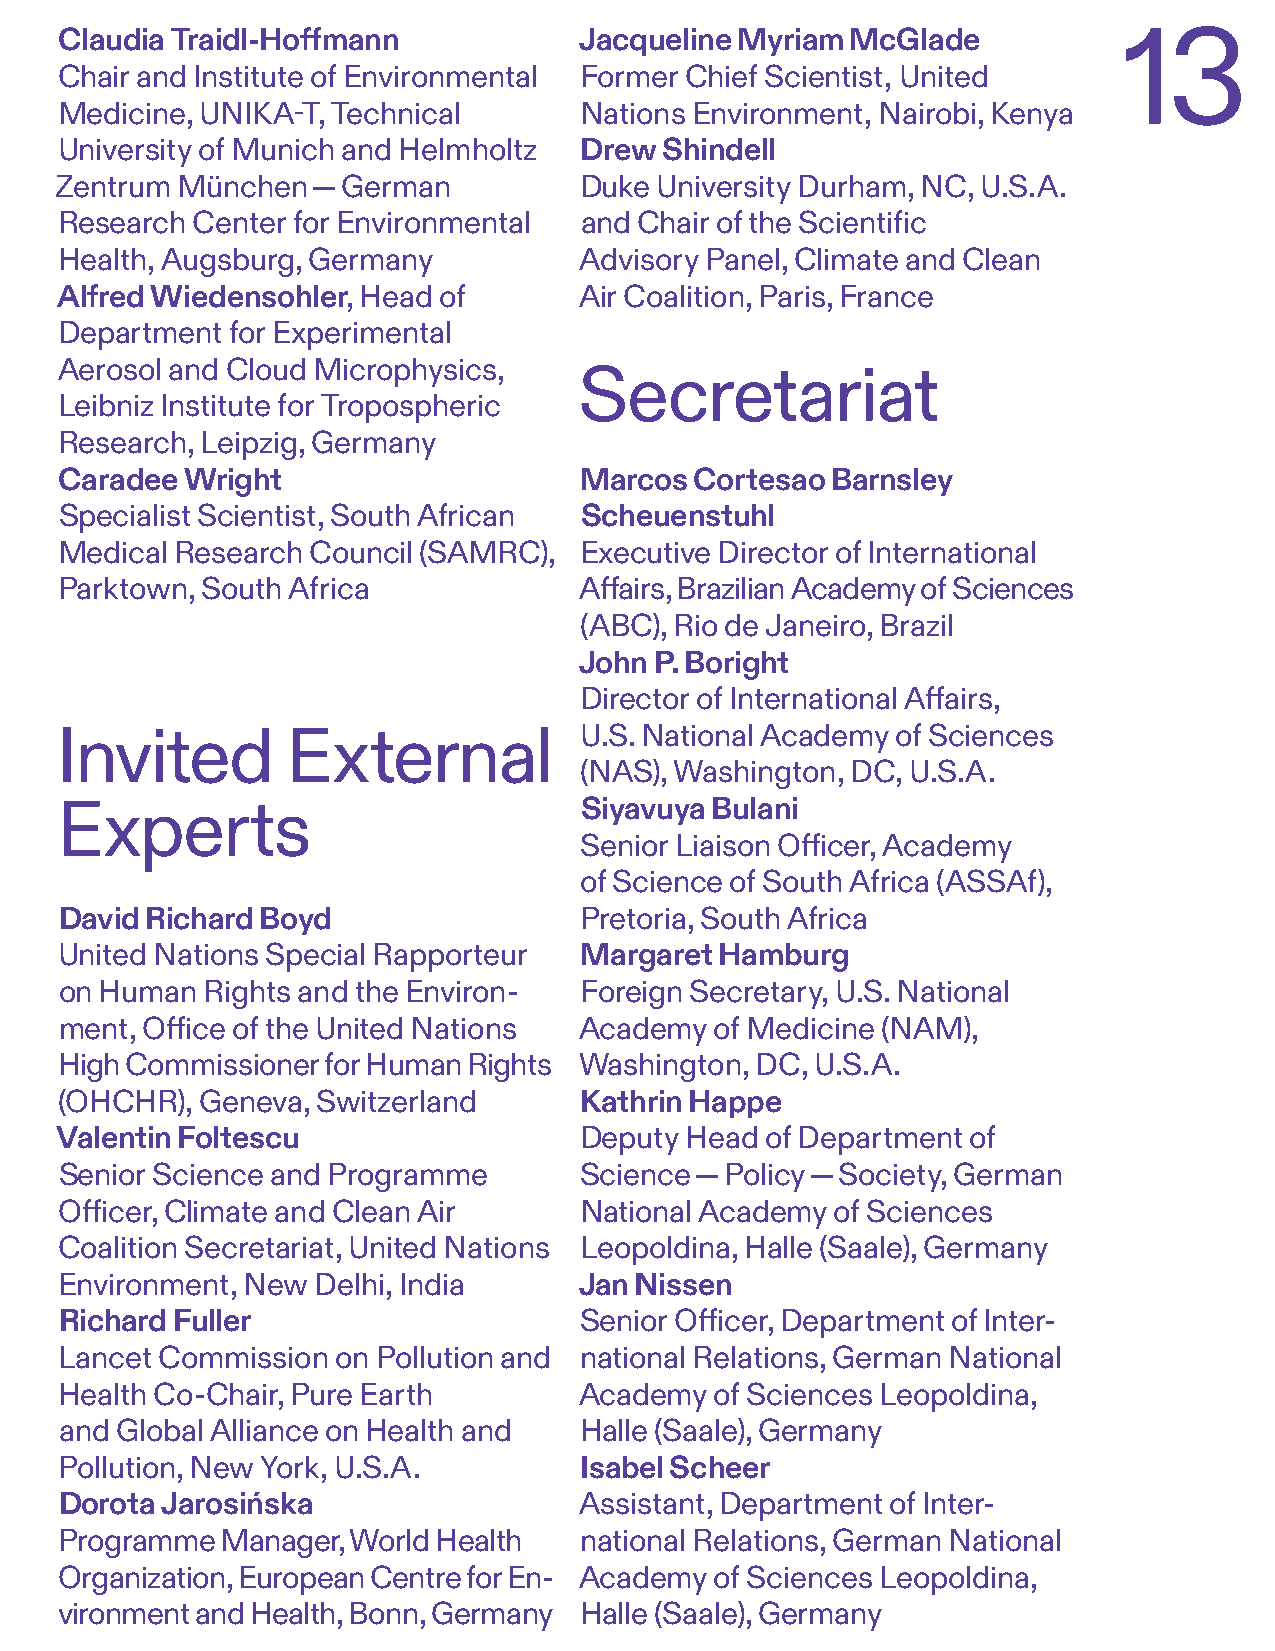
Claudia Traidl-Hoffmann           Jacqueline Myriam McGlade
 13
 Chair and Institute of Environmental Former Chief Scientist, United
 Medicine, UNIKA-T, Technical      Nations Environment, Nairobi, Kenya
 University of Munich and Helmholtz Drew Shindell
 Zentrum München  — German         Duke University Durham, NC, U.S.A.
 Research Center for Environmental and Chair of the Scientific
 Health, Augsburg, Germany         Advisory Panel, Climate and Clean
 Alfred Wiedensohler, Head of      Air Coalition, Paris, France
 Department for Experimental
 Aerosol and Cloud Microphysics,
 Secretariat
 Leibniz Institute for Tropospheric
 Research, Leipzig, Germany
 Caradee Wright                    Marcos  Cortesao Barnsley
 Specialist Scientist, South African Scheuenstuhl
 Medical Research Council (SAMRC), Executive Director of International
 Parktown, South Africa            Affairs, Brazilian Academy of Sciences
 (ABC), Rio de Janeiro, Brazil
 John P. Boright
 Director of International Affairs,
 U.S. National Academy of Sciences
 Invited        External
 (NAS), Washington, DC, U.S.A.
 Siyavuya Bulani
 Experts
 Senior Liaison Officer, Academy
 of Science of South Africa (ASSAf),
 David Richard Boyd                Pretoria, South Africa
 United Nations Special Rapporteur Margaret  Hamburg
 on Human  Rights and the Environ- Foreign Secretary, U.S. National
 ment, Office of the United Nations Academy of Medicine (NAM),
 High Commissioner for Human Rights Washington, DC, U.S.A.
 (OHCHR), Geneva, Switzerland      Kathrin Happe
 Valentin Foltescu                 Deputy Head  of Department of
 Senior Science and Programme      Science — Policy — Society, German
 Officer, Climate and Clean Air    National Academy of Sciences
 Coalition Secretariat, United Nations Leopoldina, Halle (Saale), Germany
 Environment, New Delhi, India     Jan Nissen
 Richard Fuller                    Senior Officer, Department of Inter-
 Lancet Commission on Pollution and national Relations, German National
 Health Co-Chair, Pure Earth       Academy  of Sciences Leopoldina,
 and Global Alliance on Health and Halle (Saale), Germany
 Pollution, New York, U.S.A.       Isabel Scheer
 Dorota Jarosińska                 Assistant, Department of Inter-
 Programme  Manager, World Health  national Relations, German National
 Organization, European Centre for En- Academy of Sciences Leopoldina,
 vironment and Health, Bonn, Germany Halle (Saale), Germany